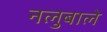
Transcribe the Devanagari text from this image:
नलुबाले